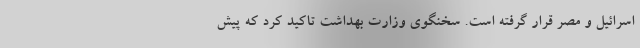
اسرائیل و مصر قرار گرفته است. سخنگوی وزارت بهداشت تاکید کرد که پیش